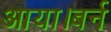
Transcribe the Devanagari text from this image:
आया।बर्न